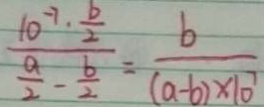
\frac { 1 0 ^ { - 7 } \cdot \frac { b } { 2 } } { \frac { a } { 2 } - \frac { b } { 2 } } = \frac { b } { ( a - b ) \times 1 0 ^ { 7 } }